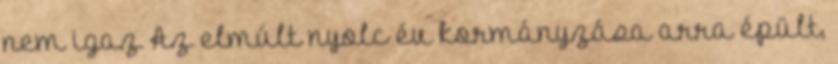
nem igaz Az elmúlt nyolc év kormányzása arra épült,